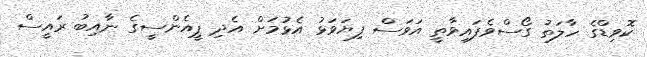
ކޮވިޑްގެ ހާލަތު ގޯސްވެފައިވާތީ އަވަސް ފިޔަވަޅު އެޅުމަށް އެދި ޕީއެންސީގެ ނާއިބު ރައީސް